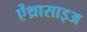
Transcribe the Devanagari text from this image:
ऐंथ्रासाइअ